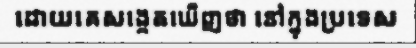
ដោយគេសង្កេតឃើញថា នៅក្នុងប្រទេស